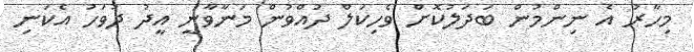
މިހާރު އެ ނިންމުން ބަދަލުކޮށް ވެހިކަލް ދުއްވުން މަނާވާނީ އީދު ދުވަހު އެކަނި